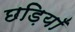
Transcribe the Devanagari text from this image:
छड़ियाँ